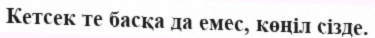
Кетсек те басқа да емес, көңіл сізде.